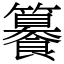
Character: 䉵